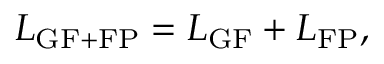
{ \cal L } _ { \mathrm { G F + F P } } = { \cal L } _ { \mathrm { G F } } + { \cal L } _ { \mathrm { F P } } ,